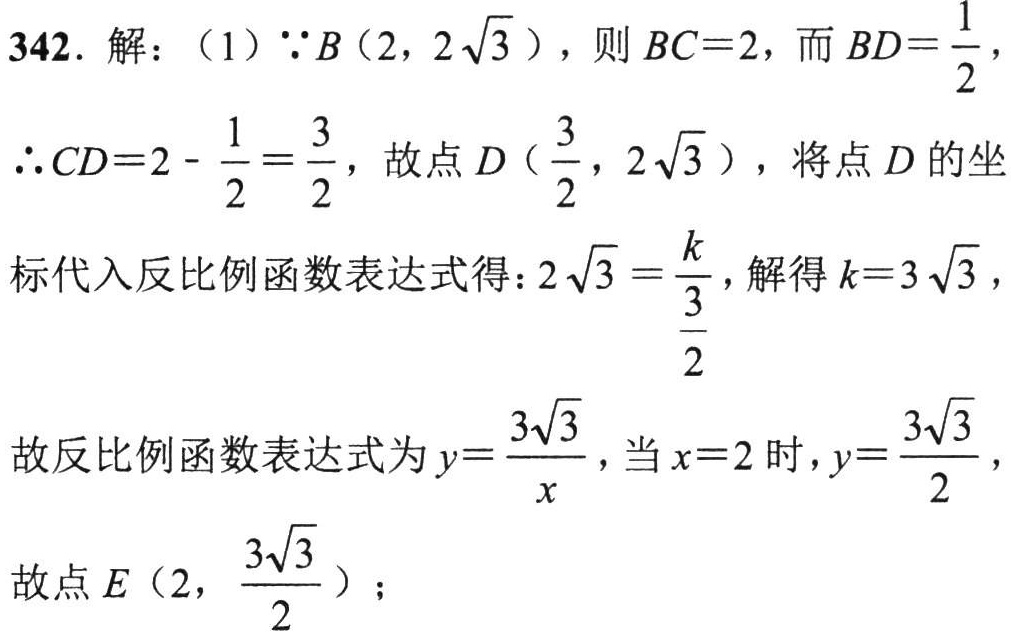
342. 解：（1）\(\because B(2,2\sqrt{3})\)，则\(BC = 2\)，而\(BD=\frac{1}{2}\)，
\(\therefore CD = 2-\frac{1}{2}=\frac{3}{2}\)，故点\(D(\frac{3}{2},2\sqrt{3})\)，将点\(D\)的坐标代入反比例函数表达式得：\(2\sqrt{3}=\frac{k}{\frac{3}{2}}\)，解得\(k = 3\sqrt{3}\)，
故反比例函数表达式为\(y=\frac{3\sqrt{3}}{x}\)，当\(x = 2\)时，\(y=\frac{3\sqrt{3}}{2}\)，
故点\(E(2,\frac{3\sqrt{3}}{2})\)；